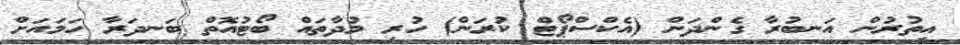
އިތުރުން އަނބުރާ ގެންދަން (އެކްސްޕޯޓް ކުރަން) ހުރި މުދާތައް ބޯޓުއޮތް ބަނދަރާ ހަމައަށް